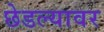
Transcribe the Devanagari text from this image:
छेडल्यावर